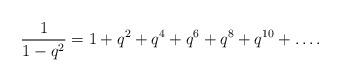
LaTeX: \begin{align*}\frac{1}{1-q^2} = 1+q^2+q^4+q^6+q^8+q^{10}+\dots .\end{align*}